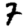
Digit: 7